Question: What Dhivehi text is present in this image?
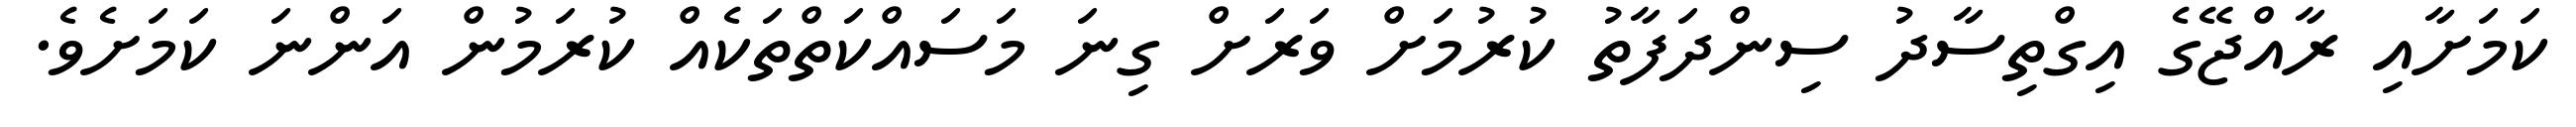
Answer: ކަމަށާއި ރާއްޖޭގެ އިގްތިސާދު ސިންދަފާތު ކުރުމަށް ވަރަށް ގިނަ މަސައްކަތްތަކެއް ކުރަމުން އަންނަ ކަމަށެވެ.